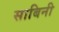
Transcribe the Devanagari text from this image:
साबिनी